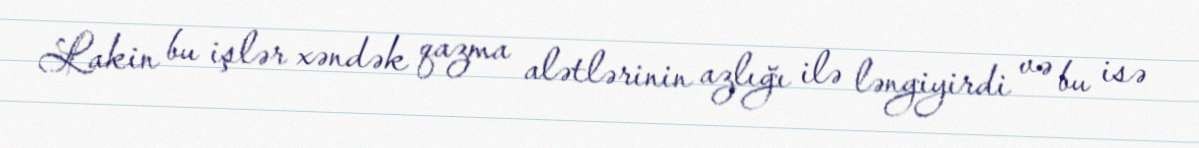
Lakin bu işlər xəndək qazma alətlərinin azlığı ilə ləngiyirdi və bu isə